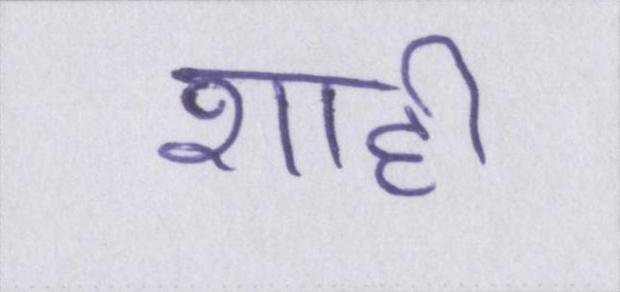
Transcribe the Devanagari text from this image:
शाही